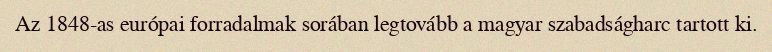
Az 1848-as európai forradalmak sorában legtovább a magyar szabadságharc tartott ki.